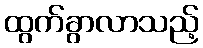
ထွက်ခွာလာသည့်